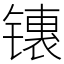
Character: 䦄